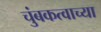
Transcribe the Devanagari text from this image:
चुंबकत्वाच्या